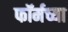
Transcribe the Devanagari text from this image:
फॉर्मच्या